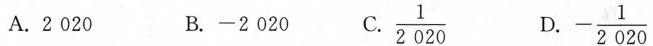
A.2020 B.-2020 C.\frac{1}{2020} D.-\frac{1}{2020}